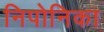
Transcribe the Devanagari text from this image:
निपोनिका